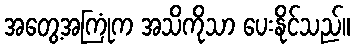
အတွေ့အကြုံက အသိကိုသာ ပေးနိုင်သည်။